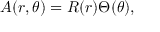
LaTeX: A ( r , \theta ) = R ( r ) \Theta ( \theta ) ,